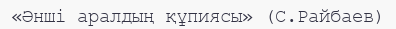
«Әнші аралдың құпиясы» (С.Райбаев)